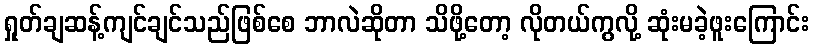
ရှုတ်ချဆန့်ကျင်ချင်သည်ဖြစ်စေ ဘာလဲဆိုတာ သိဖို့တော့ လိုတယ်ကွလို့ ဆုံးမခဲ့ဖူးကြောင်း